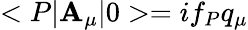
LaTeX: <P|\mathbf{A}_{\mu}|0>=if_{P}q_{\mu}